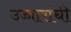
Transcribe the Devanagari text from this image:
उच्चारांची